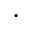
\cdot